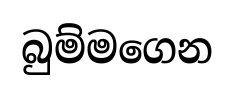
බුම්මගෙන